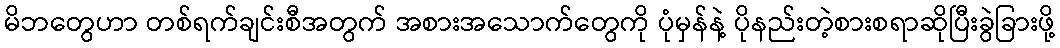
မိဘတွေဟာ တစ်ရက်ချင်းစီအတွက် အစားအသောက်တွေကို ပုံမှန်နဲ့ ပိုနည်းတဲ့စားစရာဆိုပြီးခွဲခြားဖို့